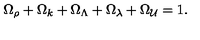
\Omega _ { \rho } + \Omega _ { k } + \Omega _ { \Lambda } + \Omega _ { \lambda } + \Omega _ { \cal U } = 1 .